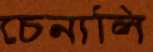
চেনালি